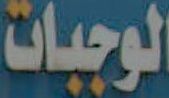
الوجبات